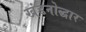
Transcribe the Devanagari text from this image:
खंडनोद्धार